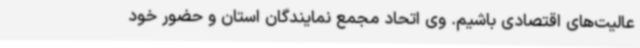
عالیت‌های اقتصادی باشیم. وی اتحاد مجمع نمایندگان استان و حضور خود